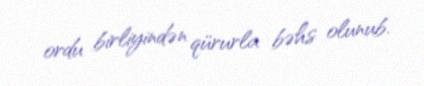
ordu birliyindən qürurla bəhs olunub.